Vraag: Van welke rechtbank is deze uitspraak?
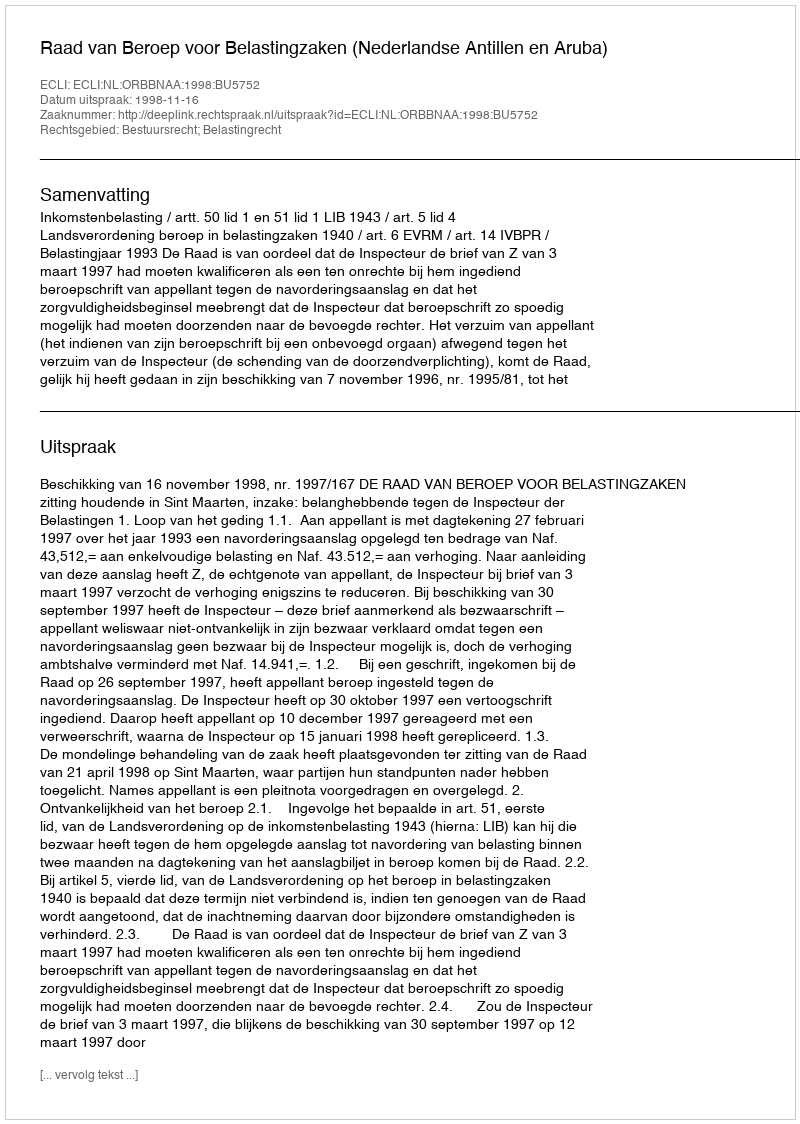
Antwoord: Raad van Beroep voor Belastingzaken (Nederlandse Antillen en Aruba)